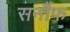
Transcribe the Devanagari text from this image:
सर्नौफ